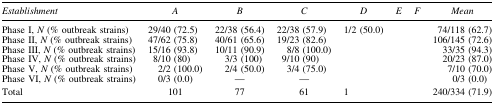
| Establishment | A | B | C | D | E | F | Mean |
 | --- | --- | --- | --- | --- | --- | --- | --- |
 | Phase I, N (% outbreak strains) | 29/40 (72.5) | 22/38 (56.4) | 22/38 (57.9) | 1/2 (50.0) |  |  | 74/118 (62.7) |
 | Phase II, N (% outbreak strains) | 47/62 (75.8) | 40/61 (65.6) | 19/23 (82.6) |  |  |  | 106/145 (72.6) |
 | Phase III, N (% outbreak strains) | 15/16 (93.8) | 10/11 (90.9) | 8/8 (100.0) |  |  |  | 33/35 (94.3) |
 | Phase IV, N (% outbreak strains) | 8/10 (80) | 3/3 (100) | 9/10 (90) |  |  |  | 20/23 (87.0) |
 | Phase V, N (% outbreak strains) | 2/2 (100.0) | 2/4 (50.0) | 3/4 (75.0) |  |  |  | 7/10 (70.0) |
 | Phase VI, N (% outbreak strains) | 0/3 (0.0) | — | — |  |  |  | 0/3 (0.0) |
 | Total | 101 | 77 | 61 | 1 |  |  | 240/334 (71.9) |